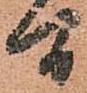
間